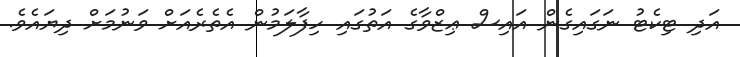
އަދި ޓިކެޓު ނަގައިގެން އައިސް ޢިޒްވާގެ އަތުގައި ހިފާލަމުން އެތެރެއަށް ވަނުމަށް ދިޔައެވެ.